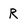
Character: R